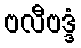
ဗလီဗဒ္ဒံ